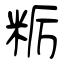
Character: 粝